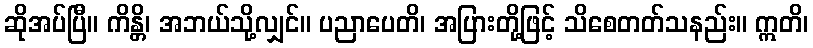
ဆိုအပ်ပြီ။ ကိန္တိ၊ အဘယ်သို့လျှင်။ ပညာပေတိ၊ အပြားတို့ဖြင့် သိစေတတ်သနည်း။ ဣတိ၊